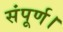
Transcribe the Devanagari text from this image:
संपूर्ण।